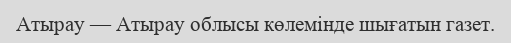
Атырау — Атырау облысы көлемінде шығатын газет.